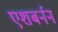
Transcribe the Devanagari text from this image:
एशबर्नन